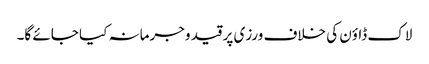
لاک ڈاؤن کی خلاف ورزی پر قید وجرمانہ کیا جائے گا۔